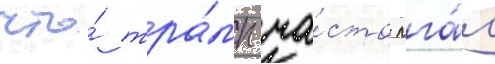
что́ тра́мп ча́сто лга́л